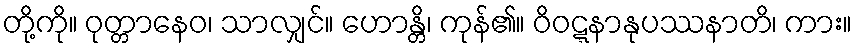
တို့ကို။ ဝုတ္တာနေဝ၊ သာလျှင်။ ဟောန္တိ၊ ကုန်၏။ ဝိဝဋ္ဋနာနုပဿနာတိ၊ ကား။